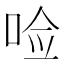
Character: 𪡋